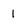
Character: 1